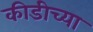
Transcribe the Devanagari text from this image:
कीडीच्या